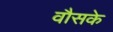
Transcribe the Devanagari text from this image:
वौसके